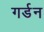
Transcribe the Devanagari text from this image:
गर्डन